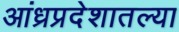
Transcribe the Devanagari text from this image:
आंध्रप्रदेशातल्या